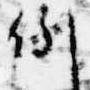
例